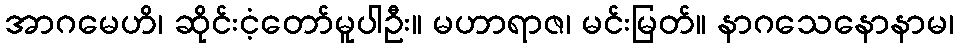
အာဂမေဟိ၊ ဆိုင်းငံ့တော်မူပါဦး။ မဟာရာဇ၊ မင်းမြတ်။ နာဂသေနောနာမ၊